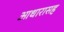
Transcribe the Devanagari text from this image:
आधारासह